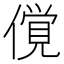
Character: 𰂲